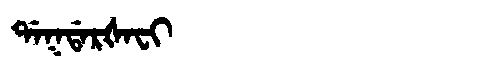
Manchu: ᡩᠠᡴᡩᠠᡵᡧᠠᠸᡳ
Romanization: DAKDARŠAFI